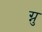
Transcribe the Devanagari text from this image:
ग्नु